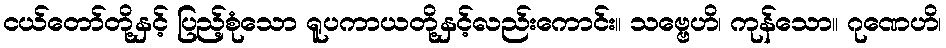
ငယ်တော်တို့နှင့် ပြည့်စုံသော ရူပကာယတို့နှင့်လည်းကောင်း။ သဗ္ဗေဟိ၊ ကုန်သော။ ဂုဏေဟိ၊